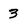
Character: 3